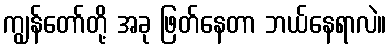
ကျွန်တော်တို့ အခု ဖြတ်နေတာ ဘယ်နေရာလဲ။